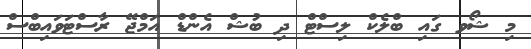
މި ޝޯވ ގައި ބްލެކް ލިސްޓް ދި ބުޝް އެންޑް އަމްޖޭ ރާސްޓަވައިބްސް